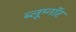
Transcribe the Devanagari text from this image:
ब्लूम्नॉर